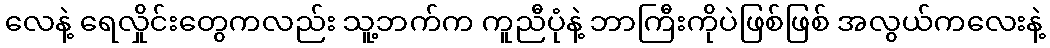
လေနဲ့ ရေလှိုင်းတွေကလည်း သူ့ဘက်က ကူညီပုံနဲ့ ဘာကြီးကိုပဲဖြစ်ဖြစ် အလွယ်ကလေးနဲ့